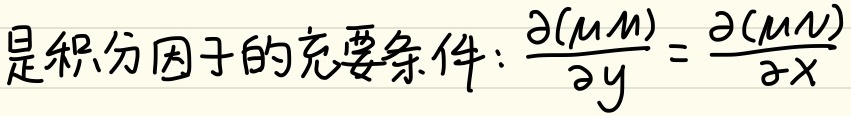
积分因子的充要条件：\(\frac{\partial(\mu M)}{\partial y}=\frac{\partial(\mu N)}{\partial x}\)